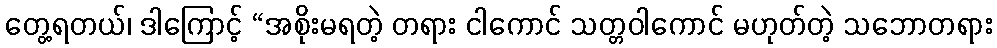
တွေ့ရတယ်၊ ဒါကြောင့် “အစိုးမရတဲ့ တရား ငါကောင် သတ္တဝါကောင် မဟုတ်တဲ့ သဘောတရား